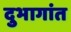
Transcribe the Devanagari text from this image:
दुभागांत